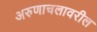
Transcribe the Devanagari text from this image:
अरुणाचलावरील